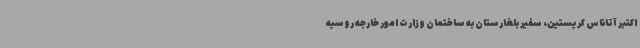
اکتبر آتاناس کریستین، سفیر بلغارستان به ساختمان وزارت امور خارجه روسیه